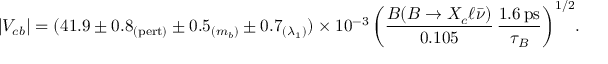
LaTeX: | V _ { c b } | = ( 4 1 . 9 \pm 0 . 8 _ { ( \mathrm { p e r t ) } } \pm 0 . 5 _ { ( m _ { b } ) } \pm 0 . 7 _ { ( \lambda _ { 1 } ) } ) \times 1 0 ^ { - 3 } \, \bigg ( { \frac { { \cal B } ( B \to X _ { c } \ell \bar { \nu } ) } { 0 . 1 0 5 } } \, { \frac { 1 . 6 \, \mathrm { p s } } { \tau _ { B } } } \bigg ) ^ { 1 / 2 } .